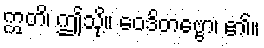
ဣတိ၊ ဤသို့။ ဝေဒိတဗ္ဗော၊ ၏။